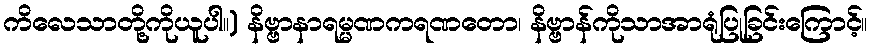
ကိလေသာတို့ကိုယူပါ။) နိဗ္ဗာနာရမ္မဏကရဏတော၊ နိဗ္ဗာန်ကိုသာအာရုံပြုခြင်းကြောင့်။